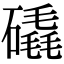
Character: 𥕹